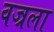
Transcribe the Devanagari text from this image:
वज्रला